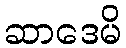
ဆာဒေမိ